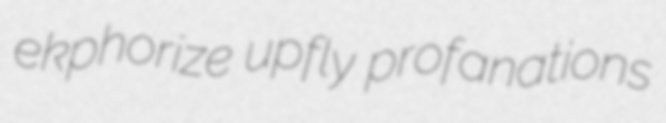
ekphorize upfly profanations